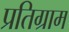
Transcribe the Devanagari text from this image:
प्रतिग्राम